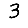
Digit: 3